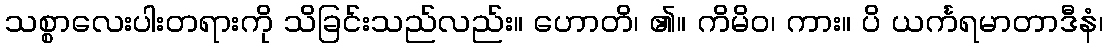
သစ္စာလေးပါးတရားကို သိခြင်းသည်လည်း။ ဟောတိ၊ ၏။ ကိမိဝ၊ ကား။ ပိ ယင်္ကရမာတာဒီနံ၊